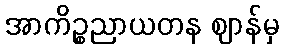
အာကိဉ္စညာယတန ဈာန်မှ